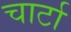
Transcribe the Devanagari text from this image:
चार्टा